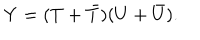
LaTeX: Y = ( T + { \bar { T } } ) ( U + { \bar { U } } ) .